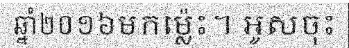
ឆ្នាំ២០១៦មកម្ល៉េះ។ អូសចុះ